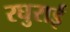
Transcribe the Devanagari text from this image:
रघुराई